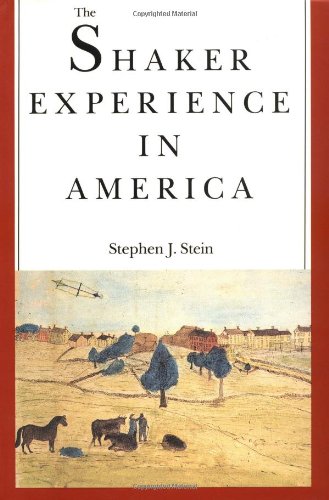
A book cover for The Shaker Experience in America: A History of the United Society of Believers; Stephen J. Stein; Christian Books & Bibles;